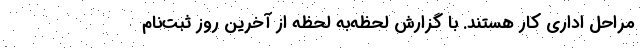
مراحل اداری کار هستند. با گزارش لحظه‌به لحظه از آخرین روز ثبت‌نام